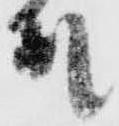
殿